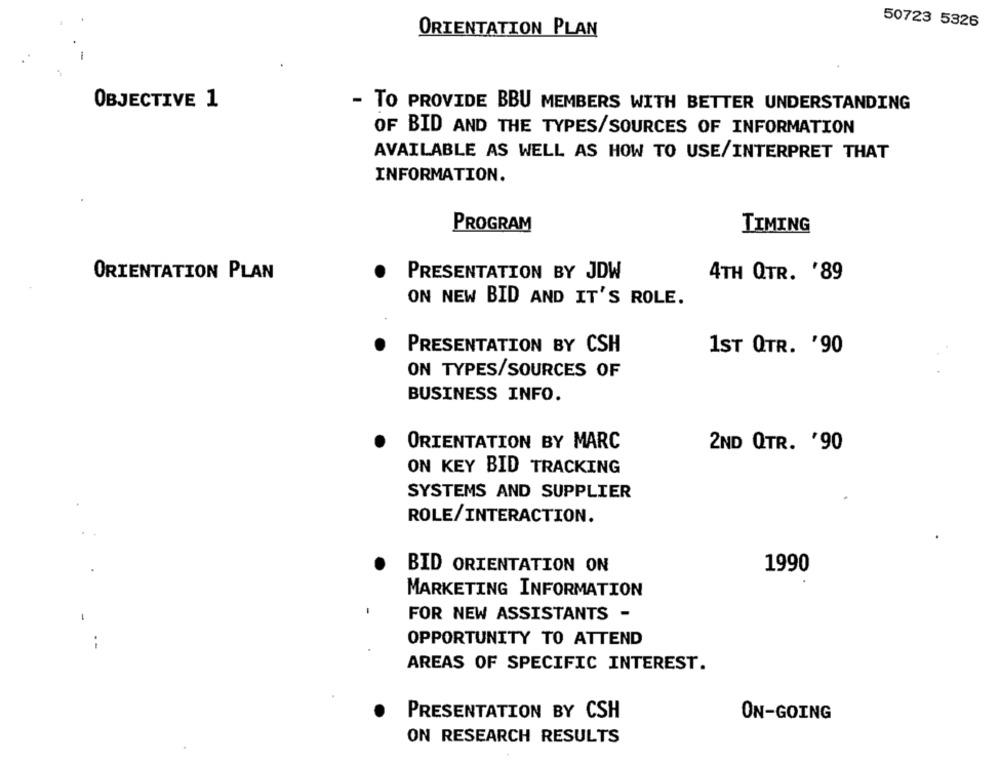
50723 5326
ORIENTATION PLAN
OBJECTIVE 1
- TO PROVIDE BBU MEMBERS WITH BETTER UNDERSTANDING
OF BID AND THE TYPES/SOURCES OF INFORMATION
AVAILABLE AS WELL AS HOW TO USE/INTERPRET THAT
INFORMATION.
PROGRAM
TIMING
ORIENTATION PLAN
PRESENTATION BY JDW
4TH QTR. '89
ON NEW BID AND IT'S ROLE.
PRESENTATION BY CSH
1ST QTR. '90
ON TYPES/SOURCES OF
BUSINESS INFO.
ORIENTATION BY MARC
2ND QTR. '90
ON KEY BID TRACKING
SYSTEMS AND SUPPLIER
ROLE/INTERACTION.
BID ORIENTATION ON
1990
MARKETING INFORMATION
FOR NEW ASSISTANTS -
OPPORTUNITY TO ATTEND
AREAS OF SPECIFIC INTEREST.
PRESENTATION BY CSH
ON-GOING
ON RESEARCH RESULTS